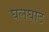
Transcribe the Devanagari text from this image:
घलघाट